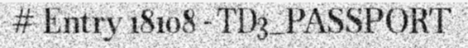
# Entry 18108 - TD3_PASSPORT